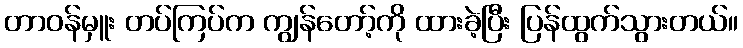
တာဝန်မှူး တပ်ကြပ်က ကျွန်တော့်ကို ထားခဲ့ပြီး ပြန်ထွက်သွားတယ်။